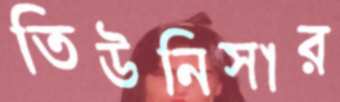
তিউনিসার